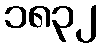
၁၈၃၂